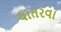
ચાતરવા